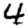
Digit: 4